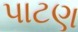
પાટણ